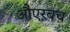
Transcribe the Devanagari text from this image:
औएरबच